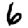
Digit: 6